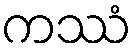
ကဿံ